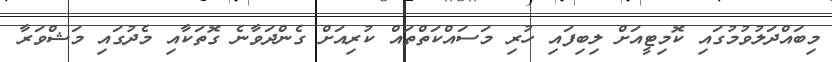
މިބައްދަލުވުމުގައި ކޮމިޓީއަށް ލިބިފައި ހުރި މަސައްކަތްތައް ކުރިއަށް ގެންދަވާނެ ގޮތަކާއި މެދުގައި މަޝްވަރާ